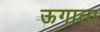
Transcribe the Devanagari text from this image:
ऊगाता